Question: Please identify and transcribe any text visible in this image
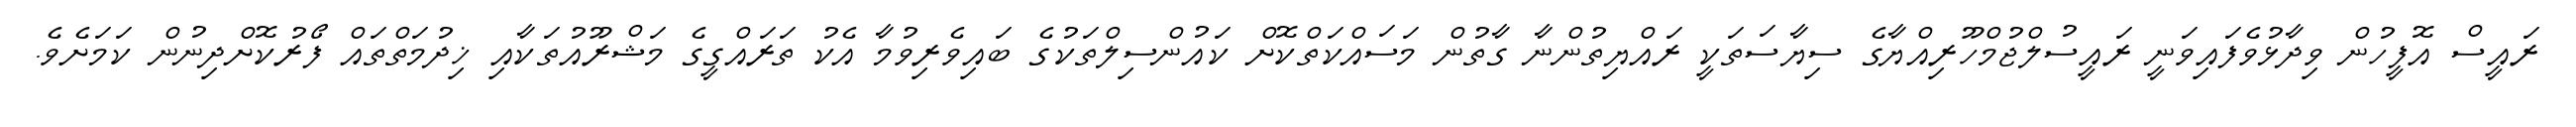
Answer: ރައީސް އޮފީހުން ވިދާޅުވެފައިވަނީ ރައީސުލްޖުމްހޫރިއްޔާގެ ސިޔާސަތަކީ ރައްޔިތުންނާ ގާތުން މަސައްކަތްކޮށް ކައުންސިލްތަކުގެ ބައިވެރިވުމާ އެކު ތަރައްގީގެ މަޝްރޫއުތަކާއި ޚިދުމަތްތައް ފޯރުކޮށްދިނުން ކަމަށެވެ.